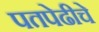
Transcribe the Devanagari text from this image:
पतपेढीचे